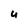
Character: u